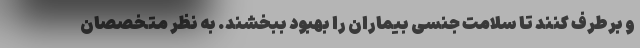
و برطرف کنند تا سلامت جنسی بیماران را بهبود ببخشند. به نظر متخصصان